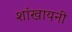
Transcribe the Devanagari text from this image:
शांखायनी